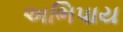
અભિપાય